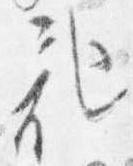
記